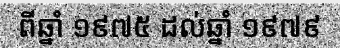
ពីឆ្នាំ ១៩៧៥ ដល់ឆ្នាំ ១៩៧៩